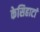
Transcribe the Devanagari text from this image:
केसिहाटां